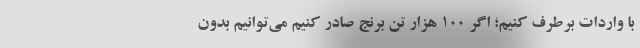
با واردات برطرف کنیم؛ اگر 100 هزار تن برنج صادر کنیم می‌توانیم بدون